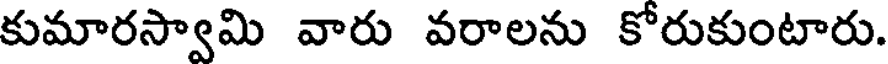
కుమారస్వామి వారు వరాలను కోరుకుంటారు.